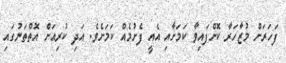
ފަހަރަށް މުޒާހަރާ ކޮށްފައިވާ ކަމަށާއި އެއީ ފެށުމެއް ކަމަށެވެ. އަދި ކުރިއަށް އޮތްތަނުގައި